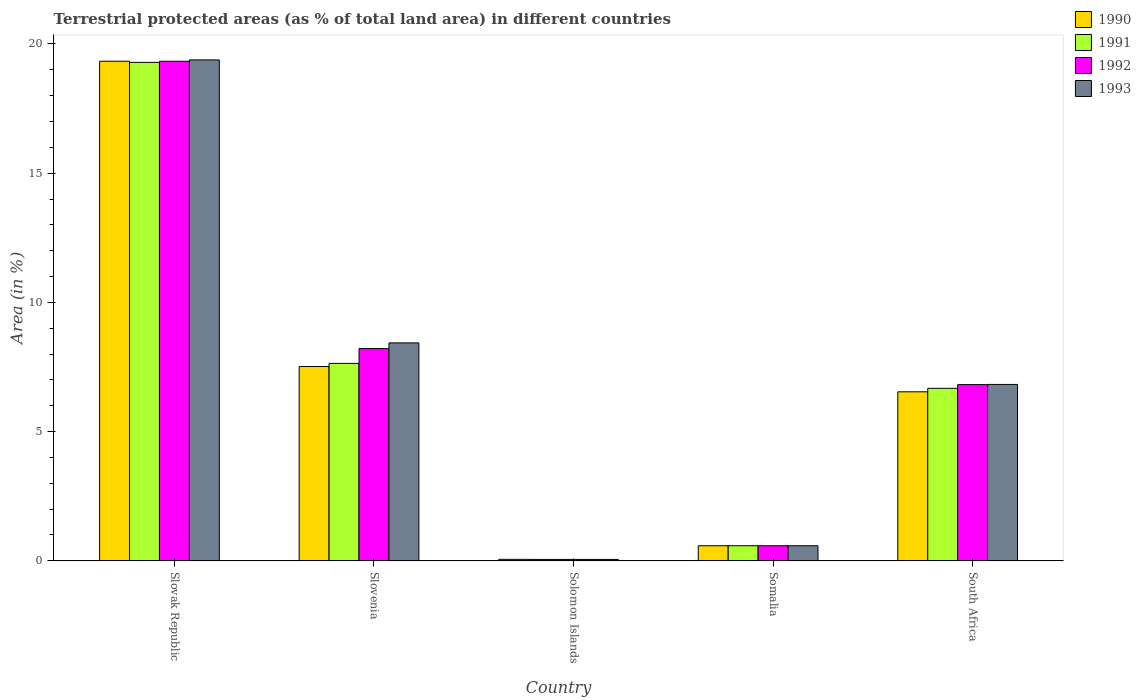
| Country | 1990 | 1991 | 1992 | 1993 |
 | --- | --- | --- | --- | --- |
 | Slovak Republic | 19.3 | 19.3 | 19.3 | 19.4 |
 | Slovenia | 7.52 | 7.64 | 8.21 | 8.43 |
 | Solomon Islands | 0.0575 | 0.0545 | 0.0545 | 0.0545 |
 | Somalia | 0.584 | 0.584 | 0.584 | 0.584 |
 | South Africa | 6.54 | 6.67 | 6.82 | 6.83 |